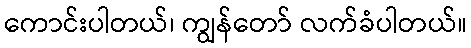
ကောင်းပါတယ်၊ ကျွန်တော် လက်ခံပါတယ်။